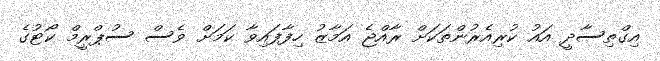
އިގްތިސާދީ އައު ކުރިއެރުންތަކަށް ރާއްޖެ އަމާޒު ހިފާފައިވާ ކަމަށް ވެސް ސުޕްރީމް ކޯޓުގެ